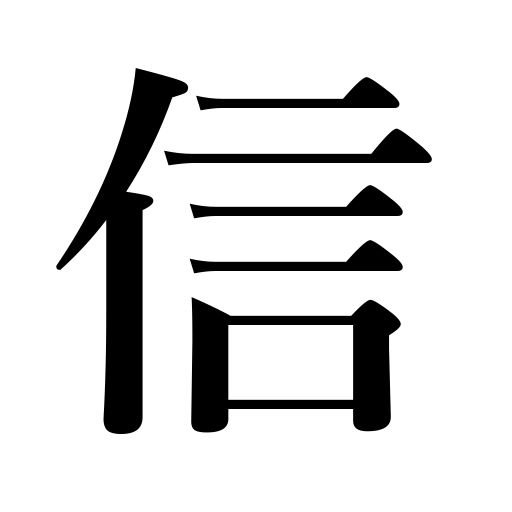
Meanings: trust,faith,sincerity,reliance,truth,fidelity,confidence